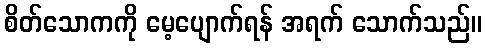
စိတ်သောကကို မေ့ပျောက်ရန် အရက် သောက်သည်။